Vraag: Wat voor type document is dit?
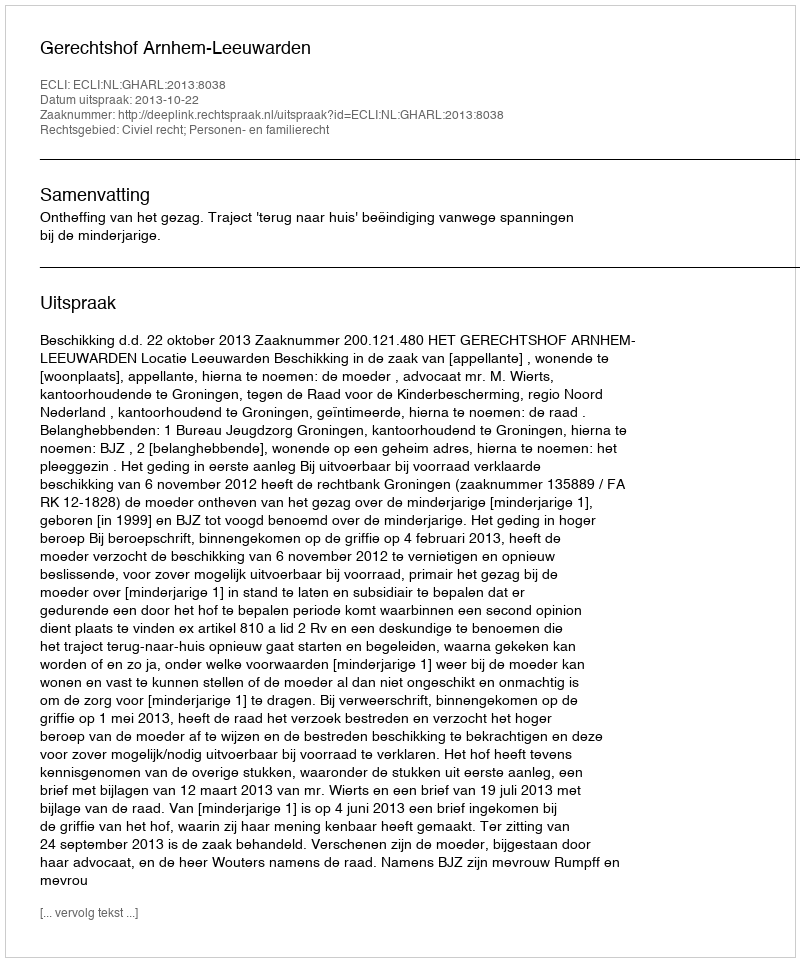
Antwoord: Uitspraak